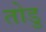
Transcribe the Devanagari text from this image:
तोडु